Annual administration and progress report of the Indian Medical Department, Bombay
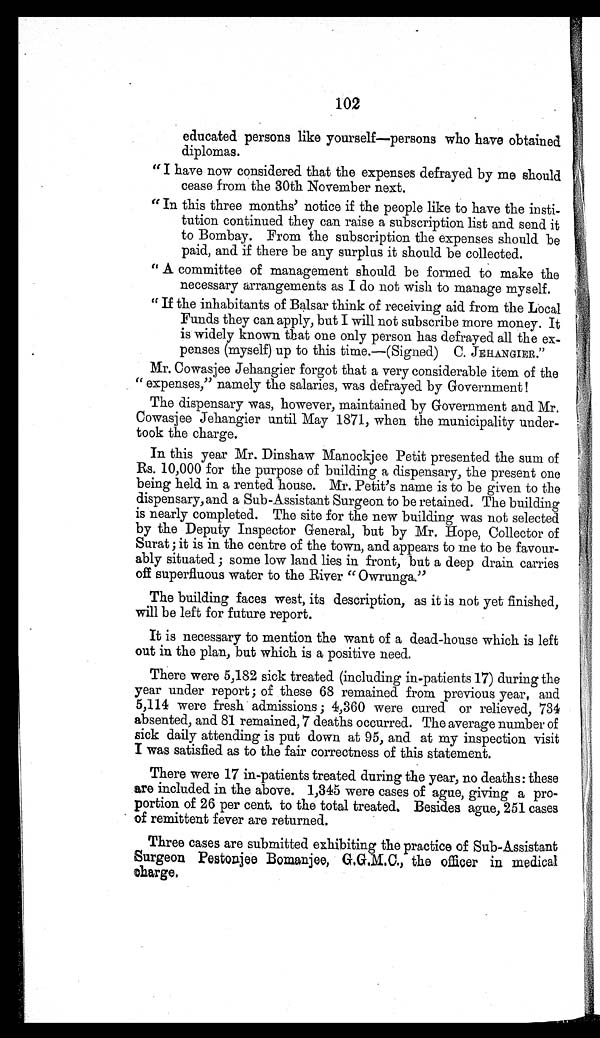
102
educated persons like yourself—persons who have obtained
diplomas.
"I have now considered that the expenses defrayed by me should
cease from the 30th November next.
"In this three months' notice if the people like to have the insti-
tution continued they can raise a subscription list and send it
to Bombay. From the subscription the expenses should be
paid, and if there be any surplus it should be collected.
"A committee of management should be formed to make the
necessary arrangements as I do not wish to manage myself.
"If the inhabitants of Balsar think of receiving aid from the Local
Funds they can apply, but I will not subscribe more money. It
is widely known that one only person has defrayed all the ex-
penses (myself) up to this time.—(Signed) C. JEH ANGIER."
Mr. Cowasjee Jehangier forgot that a very considerable item of the
"expenses," namely the salaries, was defrayed by Government!
The dispensary was, however, maintained by Government and Mr.
Cowasjee Jehangier until May 1871, when the municipality under-
took the charge.
In this year Mr. Dinshaw Manockjee Petit presented the sum of
Rs. 10,000 for the purpose of building a dispensary, the present one
being held in a rented house. Mr. Petit's name is to be given to the
dispensary, and a Sub-Assistant Surgeon to be retained. The building
is nearly completed. The site for the new building was not selected
by the Deputy Inspector General, but by Mr. Hope, Collector of
Surat; it is in the centre of the town, and appears to me to be favour-
ably situated; some low land lies in front, but a deep drain carries
off superfluous water to the River "Owrunga."
The building faces west, its description, as it is not yet finished,
will be left for future report.
It is necessary to mention the want of a dead-house which is left
out in the plan, but which is a positive need.
There were 5,182 sick treated (including in-patients 17) during the
year under report; of these 68 remained from previous year, and
5,114 were fresh admissions; 4,360 were cured or relieved, 734
absented, and 81 remained, 7 deaths occurred. The average number of
sick daily attending is put down at 95, and at my inspection visit
I was satisfied as to the fair correctness of this statement.
There were 17 in-patients treated during the year, no deaths: these
are included in the above. 1,345 were cases of ague, giving a pro-
portion of 26 per cent. to the total treated. Besides ague, 251 cases
of remittent fever are returned.
Three cases are submitted exhibiting the practice of Sub-Assistant
Surgeon Pestonjee Bomanjee, G.G.M.C., the officer in medical
charge.